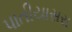
પાતીયાસરા